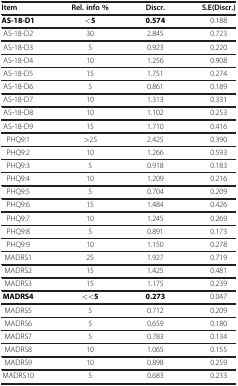
<table><thead><tr><td><b>Item</b></td><td><b>Rel. info %</b></td><td><b>Discr.</b></td><td><b>S.E(Discr.)</b></td></tr></thead><tbody><tr><td><b>AS-18-D1</b></td><td><b>&lt;5</b></td><td><b>0.574</b></td><td>0.188</td></tr><tr><td>AS-18-D2</td><td>30</td><td>2.845</td><td>0.723</td></tr><tr><td>AS-18-D3</td><td>5</td><td>0.923</td><td>0.220</td></tr><tr><td>AS-18-D4</td><td>10</td><td>1.256</td><td>0.908</td></tr><tr><td>AS-18-D5</td><td>15</td><td>1.751</td><td>0.274</td></tr><tr><td>AS-18-D6</td><td>5</td><td>0.861</td><td>0.189</td></tr><tr><td>AS-18-D7</td><td>10</td><td>1.313</td><td>0.331</td></tr><tr><td>AS-18-D8</td><td>10</td><td>1.102</td><td>0.253</td></tr><tr><td>AS-18-D9</td><td>15</td><td>1.710</td><td>0.416</td></tr><tr><td>PHQ9:1</td><td>&gt;25</td><td>2.425</td><td>0.390</td></tr><tr><td>PHQ9:2</td><td>10</td><td>1.266</td><td>0.593</td></tr><tr><td>PHQ9:3</td><td>5</td><td>0.918</td><td>0.183</td></tr><tr><td>PHQ9:4</td><td>10</td><td>1.209</td><td>0.216</td></tr><tr><td>PHQ9:5</td><td>5</td><td>0.704</td><td>0.209</td></tr><tr><td>PHQ9:6</td><td>15</td><td>1.484</td><td>0.426</td></tr><tr><td>PHQ9:7</td><td>10</td><td>1.245</td><td>0.269</td></tr><tr><td>PHQ9:8</td><td>5</td><td>0.891</td><td>0.173</td></tr><tr><td>PHQ9:9</td><td>10</td><td>1.150</td><td>0.278</td></tr><tr><td>MADRS1</td><td>25</td><td>1.927</td><td>0.719</td></tr><tr><td>MADRS2</td><td>15</td><td>1.425</td><td>0.481</td></tr><tr><td>MADRS3</td><td>15</td><td>1.175</td><td>0.239</td></tr><tr><td><b>MADRS4</b></td><td><b>&lt;&lt;5</b></td><td><b>0.273</b></td><td>0.047</td></tr><tr><td>MADRS5</td><td>5</td><td>0.712</td><td>0.209</td></tr><tr><td>MADRS6</td><td>5</td><td>0.659</td><td>0.180</td></tr><tr><td>MADRS7</td><td>5</td><td>0.783</td><td>0.134</td></tr><tr><td>MADRS8</td><td>10</td><td>1.065</td><td>0.155</td></tr><tr><td>MADRS9</td><td>10</td><td>0.898</td><td>0.259</td></tr><tr><td>MADRS10</td><td>5</td><td>0.683</td><td>0.233</td></tr></tbody></table>